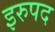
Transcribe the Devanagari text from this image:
इरुपद